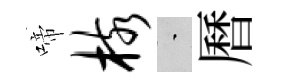
啼核蒙曆